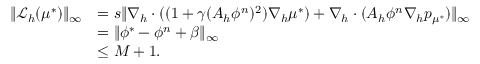
\begin{array} { r l } { \| \mathcal { L } _ { h } ( \mu ^ { * } ) \| _ { \infty } } & { = s \| \nabla _ { h } \cdot ( ( 1 + \gamma ( A _ { h } \phi ^ { n } ) ^ { 2 } ) \nabla _ { h } \mu ^ { * } ) + \nabla _ { h } \cdot ( A _ { h } \phi ^ { n } \nabla _ { h } p _ { \mu ^ { * } } ) \| _ { \infty } } \\ & { = \| \phi ^ { * } - \phi ^ { n } + \beta \| _ { \infty } } \\ & { \leq M + 1 . } \end{array}